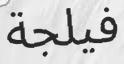
فيلجة